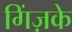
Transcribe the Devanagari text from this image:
गिंज़के